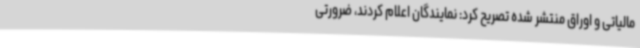
مالیاتی و اوراق منتشر شده تصریح کرد: نمایندگان اعلام کردند، ضرورتی